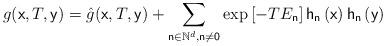
LaTeX: \begin{align*}g(\mathsf{x},T,\mathsf{y})=\hat{g}(\mathsf{x},T,\mathsf{y})+\sum_{\mathsf{n}\in \mathbb{N}^{d},\mathsf{n\neq 0}}\exp \left[ -TE_{\mathsf{n}}\right] \mathsf{h}_{\mathsf{n}}\left( \mathsf{x}\right) \mathsf{h}_{\mathsf{n}}\left( \mathsf{y}\right) \end{align*}